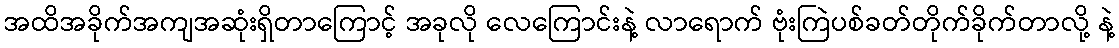
အထိအခိုက်အကျအဆုံးရှိတာကြောင့် အခုလို လေကြောင်းနဲ့ လာရောက် ဗုံးကြဲပစ်ခတ်တိုက်ခိုက်တာလို့ နဲ့